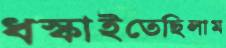
ধস্‌কাইতেছিলাম